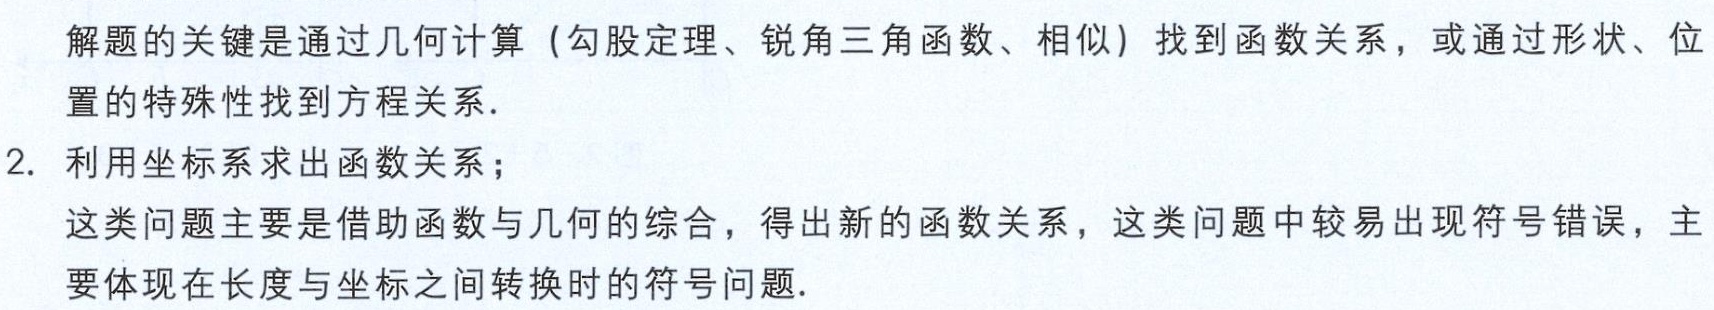
解题的关键是通过几何计算（勾股定理、锐角三角函数、相似）找到函数关系，或通过形状、位

置的特殊性找到方程关系.

2. 利用坐标系求出函数关系；

这类问题主要是借助函数与几何的综合，得出新的函数关系，这类问题中较易出现符号错误，主

要体现在长度与坐标之间转换时的符号问题.